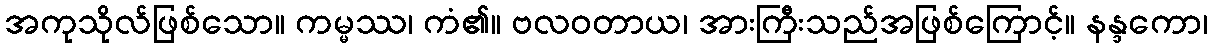
အကုသိုလ်ဖြစ်သော။ ကမ္မဿ၊ ကံ၏။ ဗလဝတာယ၊ အားကြီးသည်အဖြစ်ကြောင့်။ နန္ဒကော၊